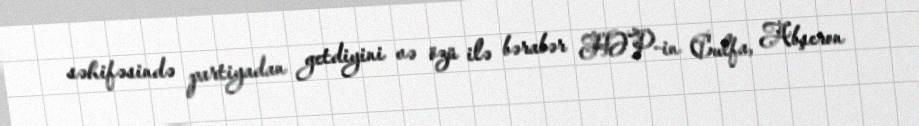
səhifəsində partiyadan getdiyini və özü ilə bərabər HƏP-in Culfa, Abşeron